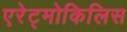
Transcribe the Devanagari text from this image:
एरेट्मोकिलिस